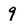
Character: 9